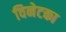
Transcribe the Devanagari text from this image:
विनेटका